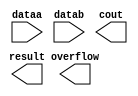
// megafunction wizard: %LPM_ADD_SUB%VBB%
// GENERATION: STANDARD
// VERSION: WM1.0
// MODULE: lpm_add_sub 

// ============================================================
// Megafunction Name(s):
// 			lpm_add_sub
//
// Simulation Library Files(s):
// 			lpm
// ============================================================
// ************************************************************
// THIS IS A WIZARD-GENERATED FILE. DO NOT EDIT THIS FILE!
//
// 9.0 Build 132 02/25/2009 SJ Web Edition
// ************************************************************

//Copyright (C) 1991-2009 Altera Corporation
//Your use of Altera Corporation's design tools, logic functions 
//and other software and tools, and its AMPP partner logic 
//functions, and any output files from any of the foregoing 
//(including device programming or simulation files), and any 
//associated documentation or information are expressly subject 
//to the terms and conditions of the Altera Program License 
//Subscription Agreement, Altera MegaCore Function License 
//Agreement, or other applicable license agreement, including, 
//without limitation, that your use is for the sole purpose of 
//programming logic devices manufactured by Altera and sold by 
//Altera or its authorized distributors.  Please refer to the 
//applicable agreement for further details.

module Subtractor (
	dataa,
	datab,
	cout,
	overflow,
	result);

	input	[31:0]  dataa;
	input	[31:0]  datab;
	output	  cout;
	output	  overflow;
	output	[31:0]  result;

endmodule

// ============================================================
// CNX file retrieval info
// ============================================================
// Retrieval info: PRIVATE: CarryIn NUMERIC "0"
// Retrieval info: PRIVATE: CarryOut NUMERIC "1"
// Retrieval info: PRIVATE: ConstantA NUMERIC "0"
// Retrieval info: PRIVATE: ConstantB NUMERIC "0"
// Retrieval info: PRIVATE: Function NUMERIC "1"
// Retrieval info: PRIVATE: INTENDED_DEVICE_FAMILY STRING "Stratix II"
// Retrieval info: PRIVATE: LPM_PIPELINE NUMERIC "0"
// Retrieval info: PRIVATE: Latency NUMERIC "0"
// Retrieval info: PRIVATE: Overflow NUMERIC "1"
// Retrieval info: PRIVATE: RadixA NUMERIC "10"
// Retrieval info: PRIVATE: RadixB NUMERIC "10"
// Retrieval info: PRIVATE: Representation NUMERIC "0"
// Retrieval info: PRIVATE: SYNTH_WRAPPER_GEN_POSTFIX STRING "0"
// Retrieval info: PRIVATE: ValidCtA NUMERIC "0"
// Retrieval info: PRIVATE: ValidCtB NUMERIC "0"
// Retrieval info: PRIVATE: WhichConstant NUMERIC "0"
// Retrieval info: PRIVATE: aclr NUMERIC "0"
// Retrieval info: PRIVATE: clken NUMERIC "0"
// Retrieval info: PRIVATE: nBit NUMERIC "32"
// Retrieval info: CONSTANT: LPM_DIRECTION STRING "SUB"
// Retrieval info: CONSTANT: LPM_HINT STRING "ONE_INPUT_IS_CONSTANT=NO,CIN_USED=NO"
// Retrieval info: CONSTANT: LPM_REPRESENTATION STRING "SIGNED"
// Retrieval info: CONSTANT: LPM_TYPE STRING "LPM_ADD_SUB"
// Retrieval info: CONSTANT: LPM_WIDTH NUMERIC "32"
// Retrieval info: USED_PORT: cout 0 0 0 0 OUTPUT NODEFVAL cout
// Retrieval info: USED_PORT: dataa 0 0 32 0 INPUT NODEFVAL dataa[31..0]
// Retrieval info: USED_PORT: datab 0 0 32 0 INPUT NODEFVAL datab[31..0]
// Retrieval info: USED_PORT: overflow 0 0 0 0 OUTPUT NODEFVAL overflow
// Retrieval info: USED_PORT: result 0 0 32 0 OUTPUT NODEFVAL result[31..0]
// Retrieval info: CONNECT: result 0 0 32 0 @result 0 0 32 0
// Retrieval info: CONNECT: @dataa 0 0 32 0 dataa 0 0 32 0
// Retrieval info: CONNECT: @datab 0 0 32 0 datab 0 0 32 0
// Retrieval info: CONNECT: cout 0 0 0 0 @cout 0 0 0 0
// Retrieval info: CONNECT: overflow 0 0 0 0 @overflow 0 0 0 0
// Retrieval info: LIBRARY: lpm lpm.lpm_components.all
// Retrieval info: GEN_FILE: TYPE_NORMAL Subtractor.v TRUE
// Retrieval info: GEN_FILE: TYPE_NORMAL Subtractor.inc FALSE
// Retrieval info: GEN_FILE: TYPE_NORMAL Subtractor.cmp TRUE
// Retrieval info: GEN_FILE: TYPE_NORMAL Subtractor.bsf TRUE FALSE
// Retrieval info: GEN_FILE: TYPE_NORMAL Subtractor_inst.v FALSE
// Retrieval info: GEN_FILE: TYPE_NORMAL Subtractor_bb.v TRUE
// Retrieval info: GEN_FILE: TYPE_NORMAL Subtractor_waveforms.html TRUE
// Retrieval info: GEN_FILE: TYPE_NORMAL Subtractor_wave*.jpg FALSE
// Retrieval info: LIB_FILE: lpm